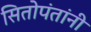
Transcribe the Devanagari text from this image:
सितोपंतांनी